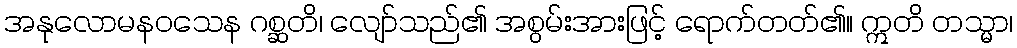
အနုလောမနဝသေန ဂစ္ဆတိ၊ လျော်သည်၏ အစွမ်းအားဖြင့် ရောက်တတ်၏။ ဣတိ တသ္မာ၊